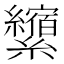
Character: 𰫺